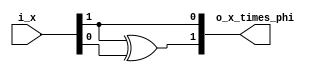
module gf_2to2_multiplier_with_constant_phi
#(
    // PARAMETERS.
    parameter                                   NB_DATA         = 2 // [HINT] Works only if value is 2
)
(
    // OUTPUTS.
    output  wire        [ NB_DATA-1:0   ]       o_x_times_phi   ,
    // INPUTS.
    input   wire        [ NB_DATA-1:0   ]       i_x
);
//  QUICK_INSTANCE: BEGIN
/*
gf_2to2_multiplier_with_constant_phi
#(
    .NB_DATA        (  )
)
u_gf_2to2_multiplier_with_constant_phi
(
    .o_x_times_phi  (  ),
    .i_x            (  )
) ;
*/ // QUICK_INSTANCE: END

// ALGORITHM BEGIN
assign o_x_times_phi[1] = i_x[1] ^  i_x[0]  ;

assign o_x_times_phi[0] = i_x[1]            ;

endmodule // gf_2to2_multiplier_with_constant_phi